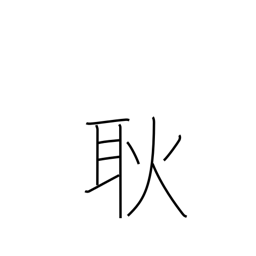
Meaning: light